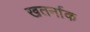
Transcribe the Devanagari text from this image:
खतर्नाक